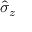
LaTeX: { \hat { \sigma } } _ { z }